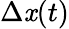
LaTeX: \Delta\mathit{x}(t)